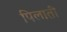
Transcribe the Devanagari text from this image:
पिलातीं